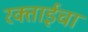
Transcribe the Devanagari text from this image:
रक्ताईचा